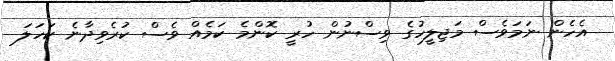
އެހެން ނަމަވެސް މަޖިލީހުގެ ވިސްނުން ހުރީ ކޮންމެ ކަމެއް ވެސް ކުރެވިދާނެ ކަހަލަ